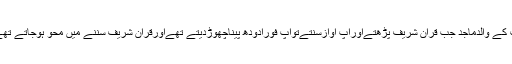
آپ کے والدِماجد جب قرآن شریف پڑھتےاورآپ آوازسنتےتوآپ فوراًدودھ پیناچھوڑدیتے تھےاورقرآن شریف سننے میں محو ہوجاتے تھے۔